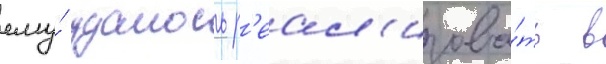
ему́ удалось р'еал'изова́ть в